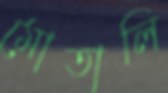
মোতালি